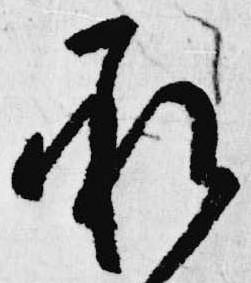
承